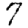
Digit: 7